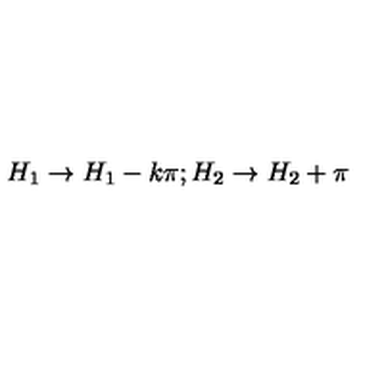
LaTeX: H _ { 1 } \rightarrow H _ { 1 } - k \pi ; H _ { 2 } \rightarrow H _ { 2 } + \pi